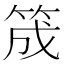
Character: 筬